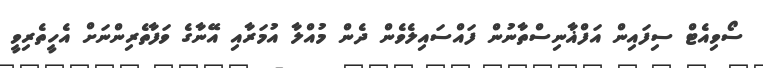
ސޯވިއެޓް ސިފައިން އަފްޣާނިސްތާނުން ފައްސައިލެވެން ދެން މުއްލާ އުމަރާއި އޭނާގެ ވަފާތެރިންނަށް އެހީތެރިވީ